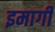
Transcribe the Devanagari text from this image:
इमागी